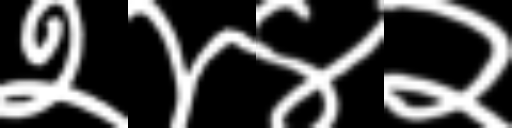
Text: २४४२